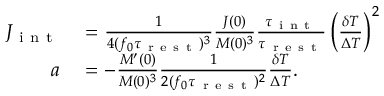
\begin{array} { r l } { J _ { \mathrm { ~ i ~ n ~ t ~ } } } & { { } = \frac { 1 } { 4 ( f _ { 0 } \tau _ { \mathrm { ~ r ~ e ~ s ~ t ~ } } ) ^ { 3 } } \frac { J ( 0 ) } { M ( 0 ) ^ { 3 } } \frac { \tau _ { \mathrm { ~ i ~ n ~ t ~ } } } { \tau _ { \mathrm { ~ r ~ e ~ s ~ t ~ } } } \left( \frac { \delta T } { \Delta T } \right) ^ { 2 } } \\ { a } & { { } = - \frac { M ^ { \prime } ( 0 ) } { M ( 0 ) ^ { 3 } } \frac { 1 } { 2 ( f _ { 0 } \tau _ { \mathrm { ~ r ~ e ~ s ~ t ~ } } ) ^ { 2 } } \frac { \delta T } { \Delta T } . } \end{array}